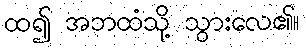
ထ၍ အဘထံသို့ သွားလေ၏။